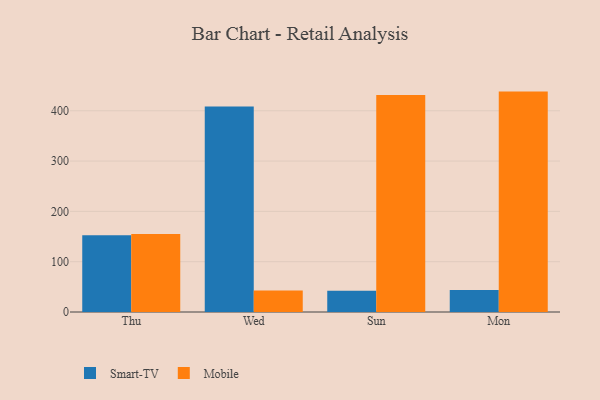
{"axis": {"x": "Day", "y": "Latency (ms)"}, "legend": ["Mobile", "Smart-TV"], "data": [{"x": "Thu", "y": 152.7, "type": "Smart-TV"}, {"x": "Thu", "y": 155.0, "type": "Mobile"}, {"x": "Wed", "y": 408.4, "type": "Smart-TV"}, {"x": "Wed", "y": 42.9, "type": "Mobile"}, {"x": "Sun", "y": 42.3, "type": "Smart-TV"}, {"x": "Sun", "y": 431.4, "type": "Mobile"}, {"x": "Mon", "y": 43.8, "type": "Smart-TV"}, {"x": "Mon", "y": 438.1, "type": "Mobile"}]}